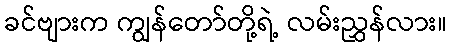
ခင်ဗျားက ကျွန်တော်တို့ရဲ့ လမ်းညွှန်လား။